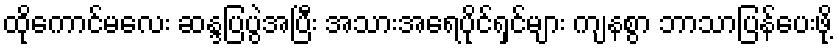
ထိုကောင်မလေး ဆန္ဒပြပွဲအပြီး အသားအရေပိုင်ရှင်များ ကျနစွာ ဘာသာပြန်ပေးဖို့